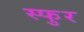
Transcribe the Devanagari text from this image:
स्‍फुर